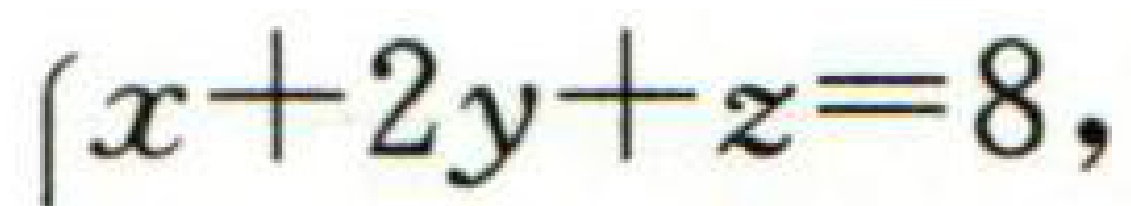
$\left\{x + 2 y + z = 8,\right.$